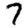
Digit: 7